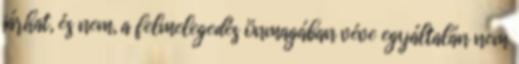
járhat, és nem, a felmelegedés önmagában véve egyáltalán nem